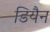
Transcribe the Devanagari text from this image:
डियैन